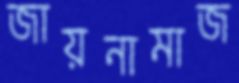
জায়নামাজ